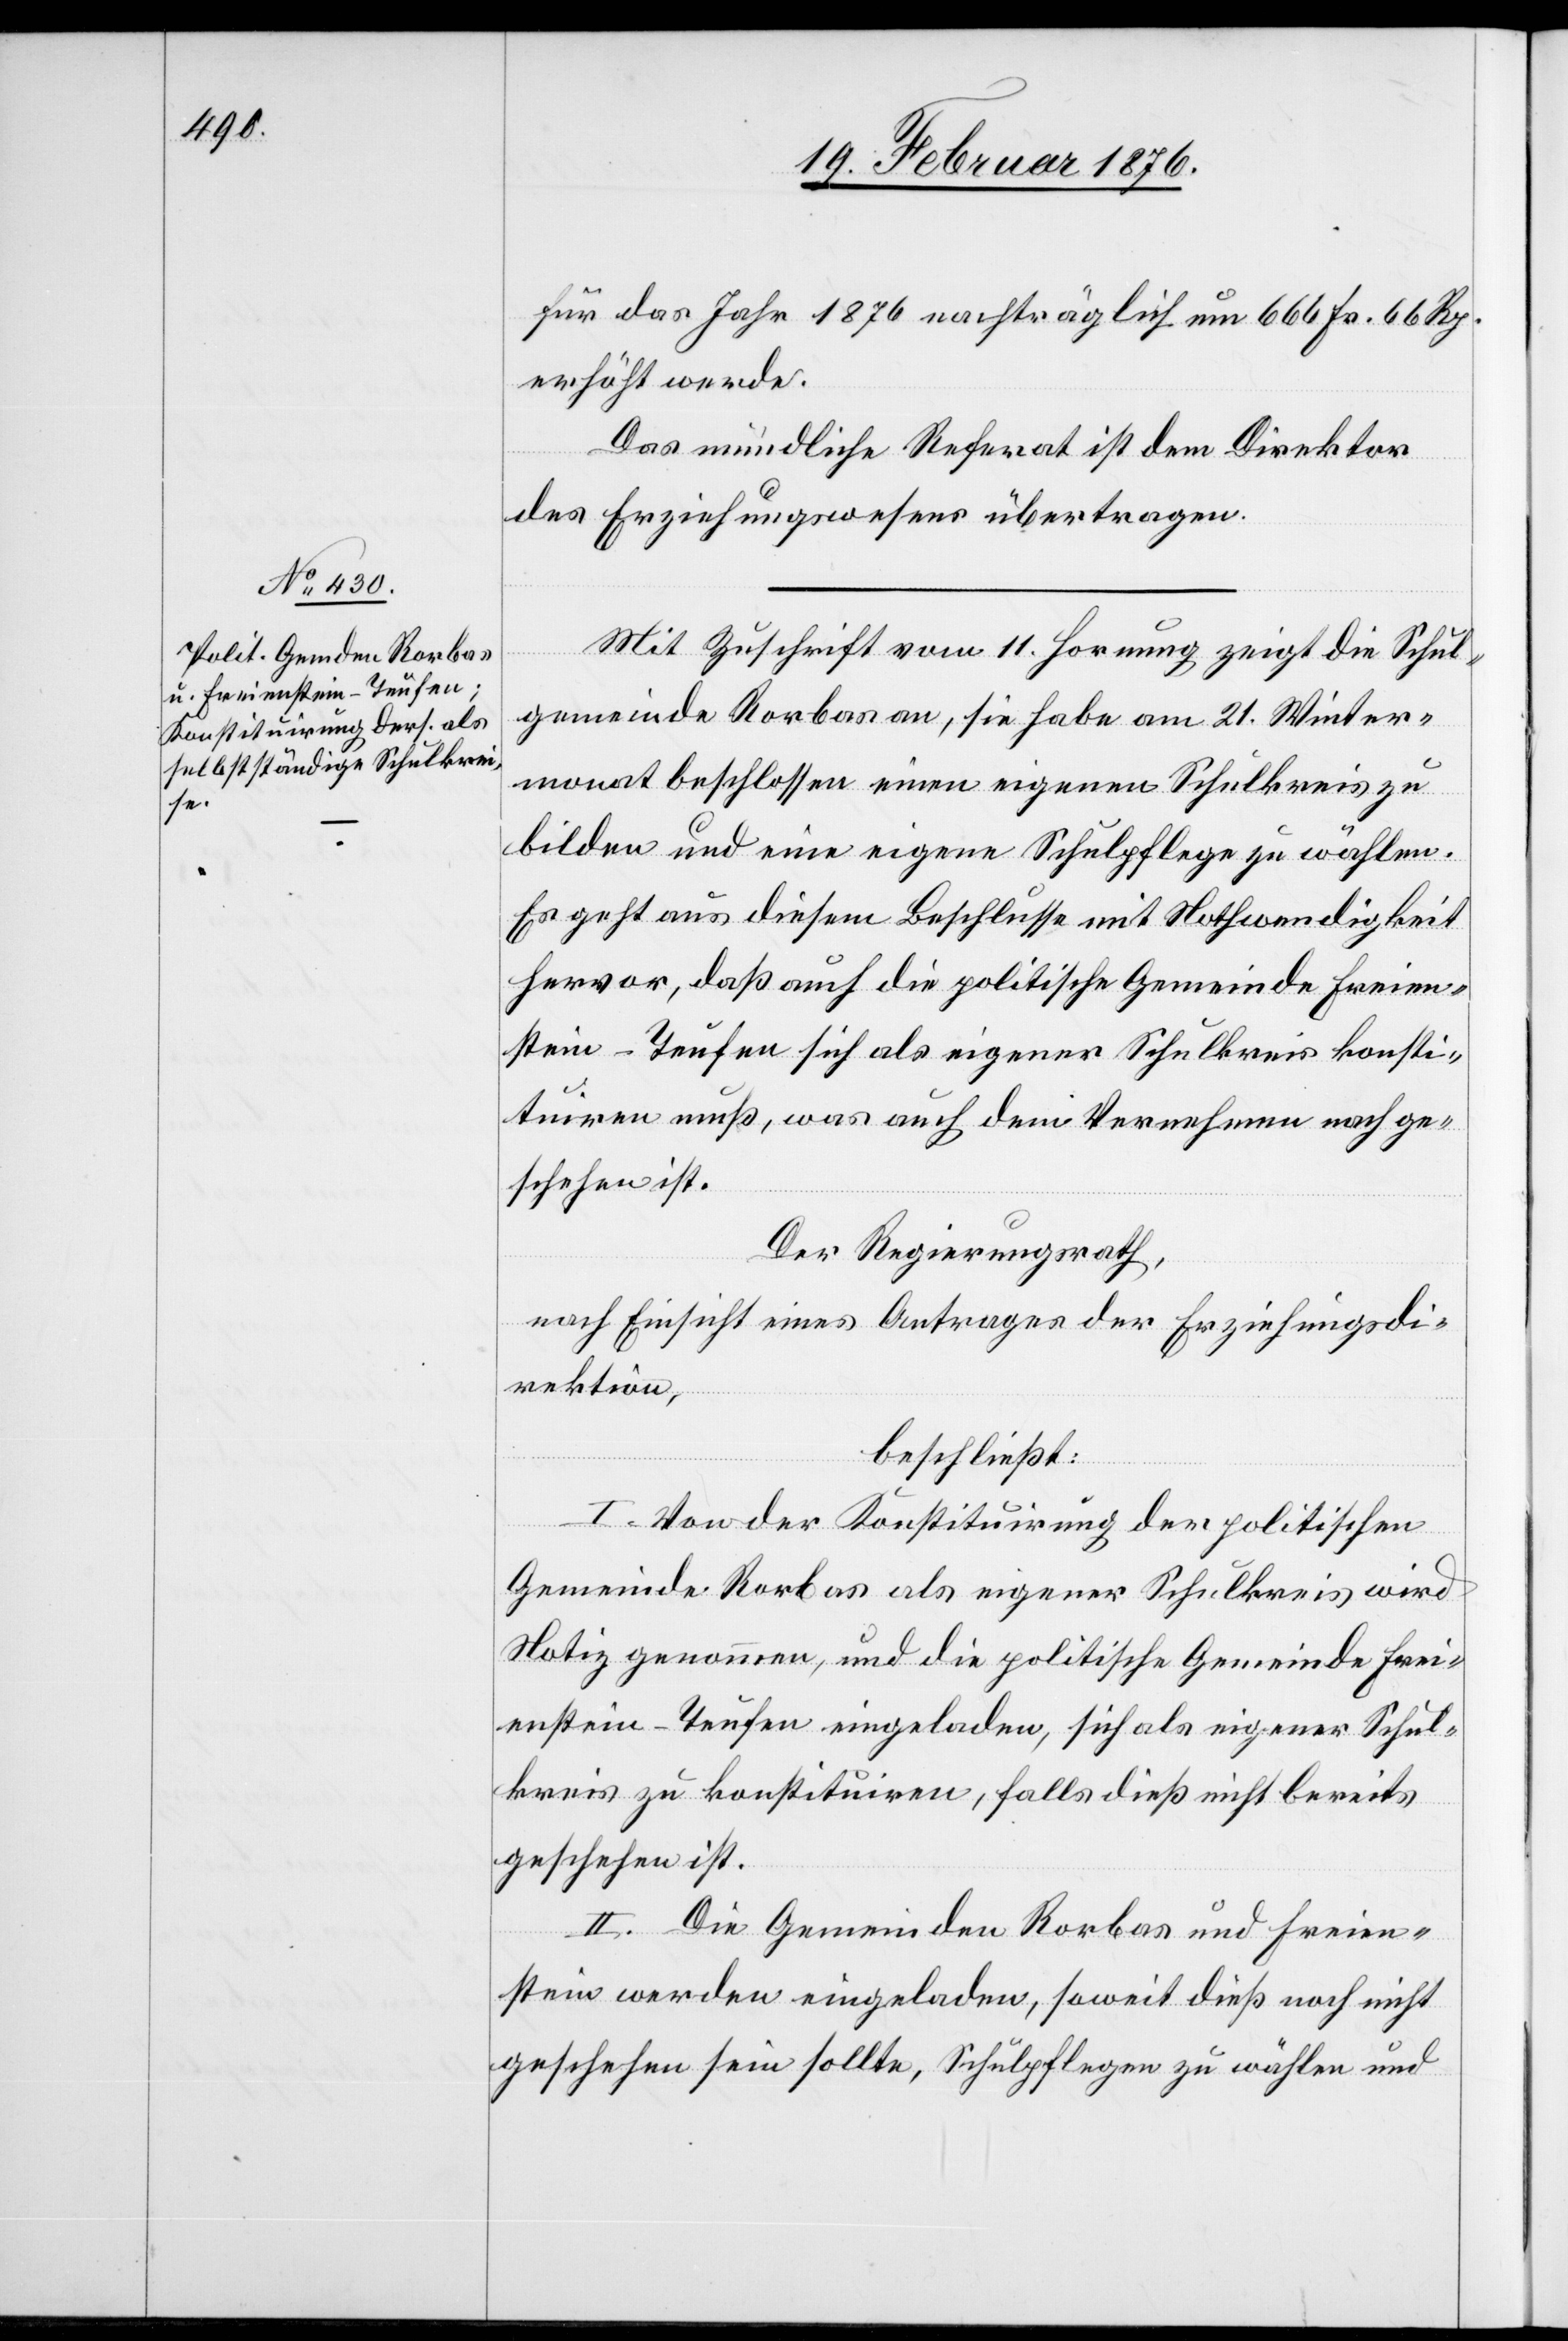
für das Jahr 1876 nachträglich um 666 Fr. 66 Rp.
erhöht werde.
Das mündliche Referat ist dem Direktor
des Erziehungswesens übertragen.
Mit Zuschrift vom 11. Hornung zeigt die Schul¬
gemeinde Rorbas an, sie habe am 21. Winter¬
monat beschlossen einen eigenen Schulkreis zu
bilden und eine eigene Schulpflege zu wählen.
Es geht aus diesem Beschlusse mit Nothwendigkeit
hervor, daß auch die politische Gemeinde Freien¬
stein-Teufen sich als eigener Schulkreis konsti¬
tuiren muß, was auch dem Vernehmen nach ge¬
schehen ist.
Der Regierungsrath,
nach Einsicht eines Antrages der Erziehungsdi¬
rektion,
beschließt:
I. Von der Konstituirung der politischen
Gemeinde Rorbas als eigener Schulkreis wird
Notiz genommen, und die politische Gemeinde Frei¬
enstein-Teufen eingeladen, sich als eigener Schul¬
kreis zu konstituiren, falls dieß nicht bereits
geschehen ist.
II. Die Gemeinden Rorbas und Freien¬
stein werden eingeladen, soweit dieß noch nicht
geschehen sein sollte, Schulpflegen zu wählen und